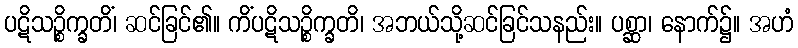
ပဋိသဉ္စိက္ခတိံ၊ ဆင်ခြင်၏။ ကိံပဋိသဉ္စိက္ခတိ၊ အဘယ်သို့ဆင်ခြင်သနည်း။ ပစ္ဆာ၊ နောက်၌။ အဟံ